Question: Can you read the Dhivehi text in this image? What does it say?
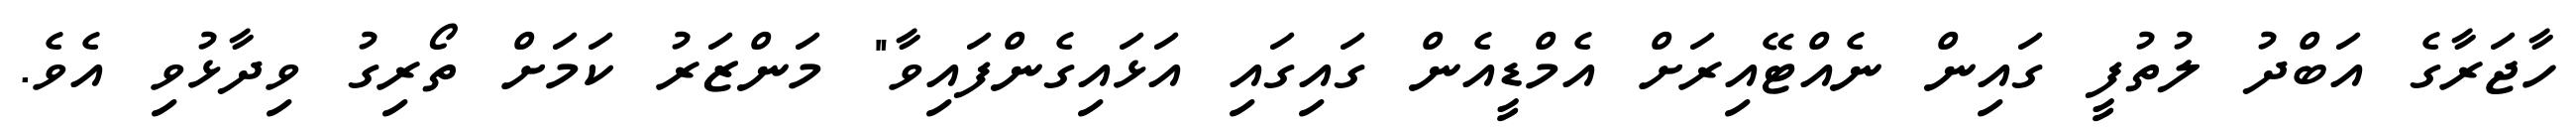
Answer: ހާޖަރާގެ އަބްދު ލުތުފީ ގައިން ނެއްޓޭއިރަށް އެމްޑީއެން ގައިގައި އަޅައިގެންފައިވާ" މަންޒަރު ކަމަށް ތޯރިގު ވިދާޅުވި އެވެ.